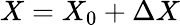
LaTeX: X=X_{0}+\Delta X